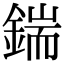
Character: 鍴